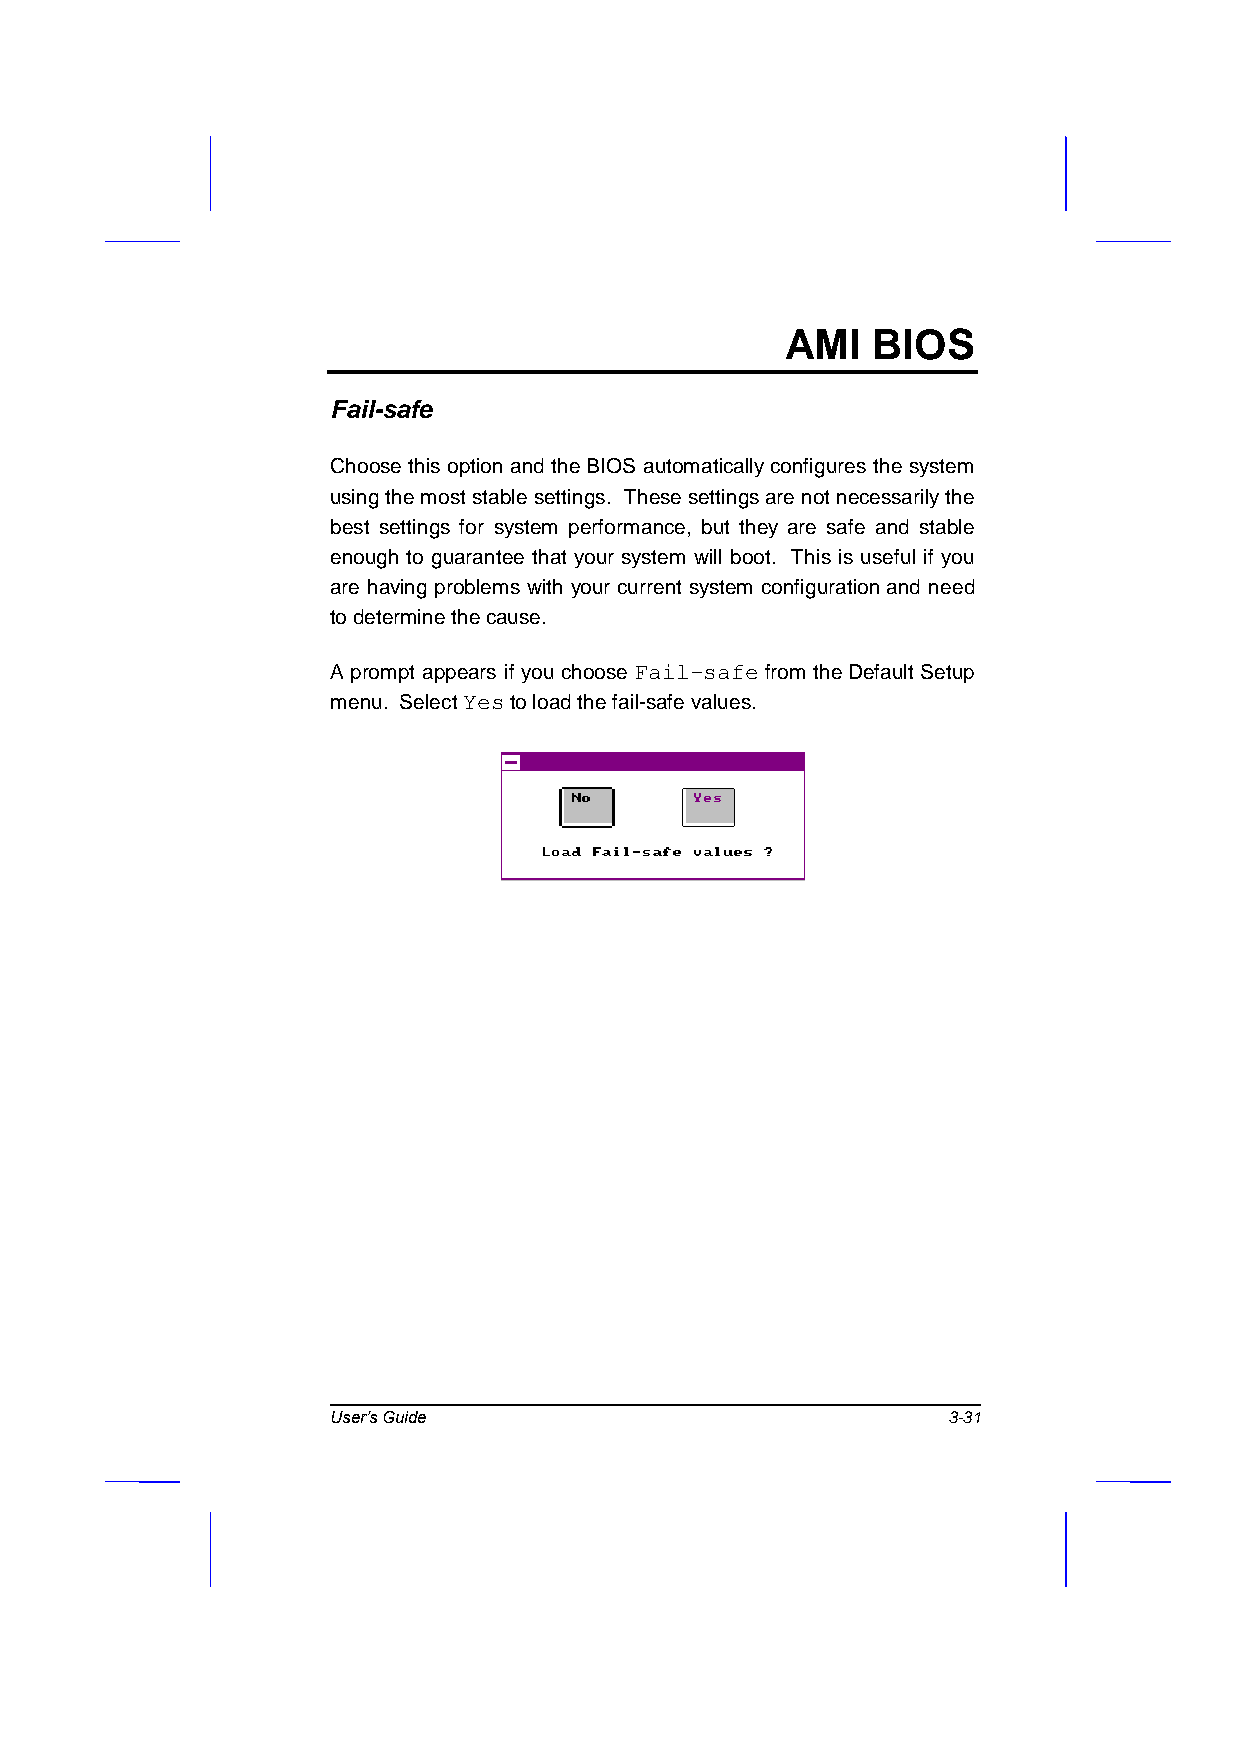
AMI   BIOS
 Fail-safe
 Choose this option and the BIOS automatically configures the system
 using the most stable settings. These settings are not necessarily the
 best settings for system performance, but they are safe and stable
 enough to guarantee that your system will boot. This is useful if you
 are having problems with your current system configuration and need
 to determine the cause.
 A prompt appears if you choose Fail-safe from the Default Setup
 menu. Select Yes to load the fail-safe values.
 User’s Guide                             3-31